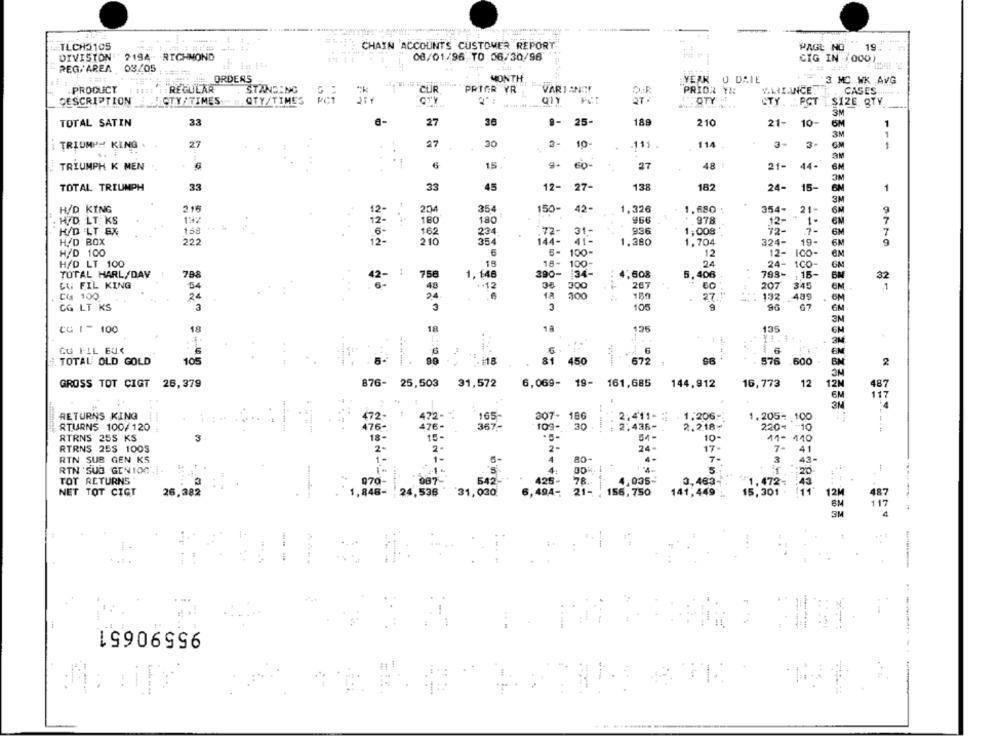
CHAIN ACCOUNTS CUSTOMER REPORT
TLCH3105
PAGE NO
19
DIVISION 2194- RICHMOND
08/01/96 TO 06/30/96
CIG IN 1000)
REG/ AREA 08/05
ORDERS
MONTH
YEAR O DAIE
3 MC WK AVG
.PRODUCT
REGULAR
STANDING
CÜR
PRIOR YR
VARI ANAF
PRIOR YH
ELIZANICE
CASES ...
DESCRIPTION
CTY /TIMES
QTY/TIMES
PICT
QTY-
CTY . PCT SIZE QTY
3M
TOTAL SATIN
33
27
30
9-
25-
189
210
21- 10-
6M
1
OE
3M
1
27
TRIUMPH KING .
27
10-
.111
114
3- 3-
6
15
48 1
TRIUMPH K MEN
60-
27
21- 44-
6M
3M
138
TOTAL TRIUMPH
33
33
45
12- 27-
182
24-
15-
6M
1
3M
216
204
354
1,326
354-
21-
H/D KING
150-
42-
1.680 ;
6M
H/D. LT. KS
180
180
966
.978
12-
1.
7
H/D LT BX
168
162
234
72-
93.6
1,008
7-
6M
31 .-
H/D BOX
222
12 -
210
354
144-
1.380
1,704
324-
19-
9
19779
H/D 100
100-
12
12- ICO-
EM
H/D LT 100
18-
100-
24
1CO-
GM
TOTAL HARL/DAY
798
758
1, 646
390-
34-
4,608
5,406
793-
16-
32
CU FIL KING
48
+12
34
300
267
207
345
1
C4 100
24
2,4
18
300
......
132
489
6M
27."
CG LT KS
3
3
105
9
96
EN
3N
125
CG I - 100
18
18
135
1 L
3M
GU FIL EUX
6M
TOTAL OLD GOLD
105
90 %
i18
81 450
672
576 600
BM
2
.1.
34
GROSS TOT CIGT 26,379
876-
25,503
31,572
6,069- 19- 161,685
144,912
16,773
12
12M
487
6M
117
RETURNS KING
307- 186
2.411- :
1,206-
1,205- . 100
RTURNS 100/120
109- 30 .
--.
2.436-
2.218-
220- 10
RTRNS 255 KS
54-
10-
11- 110
RTRNS 25$ 1005
2-
24-
17-
7-
41
RTN SUB GEN KS
4
80-
4-
7-
3
43-
RTN 'SUO GEN 100
4.
5
:20
TOT RETURNS
425-
78 ..
4,005-
3,463-
1.472-
43
21-
NET TOT CIGT
26,382
156,750
141,449
15,301
11
112
3M
..
95590651